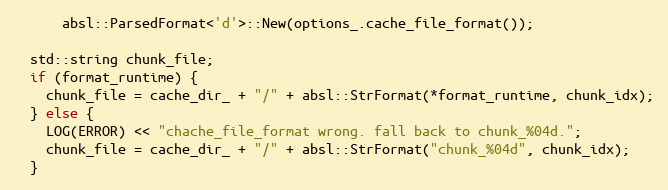
Language: C++
      absl::ParsedFormat<'d'>::New(options_.cache_file_format());

  std::string chunk_file;
  if (format_runtime) {
    chunk_file = cache_dir_ + "/" + absl::StrFormat(*format_runtime, chunk_idx);
  } else {
    LOG(ERROR) << "chache_file_format wrong. fall back to chunk_%04d.";
    chunk_file = cache_dir_ + "/" + absl::StrFormat("chunk_%04d", chunk_idx);
  }